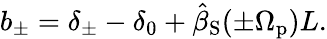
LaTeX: b_{\pm}=\delta_{\pm}-\delta_{0}+\hat{\beta}_{\mathrm{S}}(\pm\Omega_{\mathrm{p}})L.